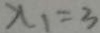
x _ { 1 } = 3